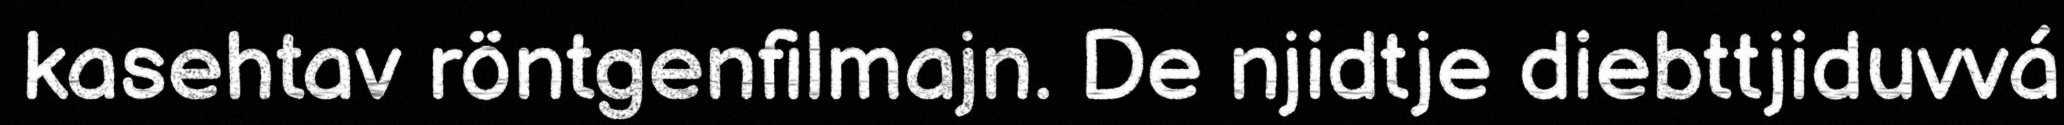
kasehtav röntgenfilmajn. De njidtje diebttjiduvvá